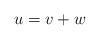
LaTeX: \begin{align*}u = v + w\end{align*}